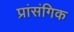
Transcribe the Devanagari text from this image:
प्रांसंगिक